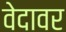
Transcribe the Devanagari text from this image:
वेदावर